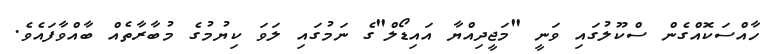
ހާއްސަކޮއްގެން ސްކޫލުގައި ވަނީ "މަޖީދިއްޔާ އައިޑޯލް"ގެ ނަމުގައި ލަވަ ކިޔުމުގެ މުބާރާތެއް ބާއްވާފައެވެ.